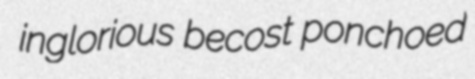
inglorious becost ponchoed